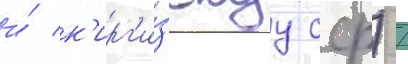
и́ к'ирг'и́зскуу сср) /